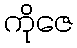
ကိုဇေ